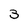
Character: 3